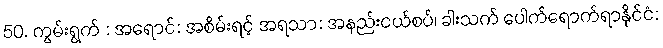
50. ကွမ်းရွက် : အရောင်: အစိမ်းရင့် အရသာ: အနည်းငယ်စပ်၊ ခါးသက် ပေါက်ရောက်ရာနိုင်ငံ: